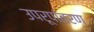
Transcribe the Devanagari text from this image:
उपरूपांतरण